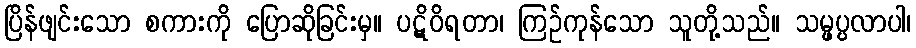
ပြိန်ဖျင်းသော စကားကို ပြောဆိုခြင်းမှ။ ပဋိဝိရတာ၊ ကြဉ်ကုန်သော သူတို့သည်။ သမ္ဖပ္ပလာပါ၊